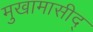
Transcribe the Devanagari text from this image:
मुखामासीद्